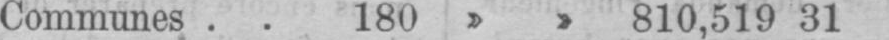
Communes 180 810,519 31